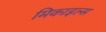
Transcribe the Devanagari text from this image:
मिकाइल्स